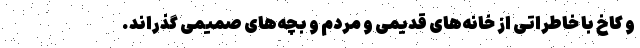
و کاخ با خاطراتی از خانه‌های قدیمی و مردم و بچه‌های صمیمی گذراند.